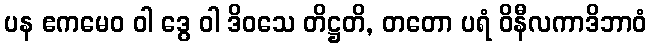
ပန ဧကမေဝ ဝါ ဒွေ ဝါ ဒိဝသေ တိဋ္ဌတိ, တတော ပရံ ဝိနီလကာဒိဘာဝံ